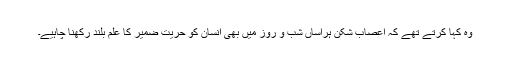
وہ کہا کرتے تھے کہ اعصاب شکن ہراساں شب و روز میں بھی انسان کو حریت ضمیر کا علم بلند رکھنا چاہیے۔